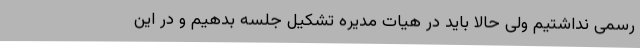
رسمی نداشتیم ولی حالا باید در هیات مدیره تشکیل جلسه بدهیم و در این